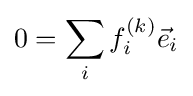
0=\sum _{i}f_{i}^{(k)}{\vec {e}}_{i}